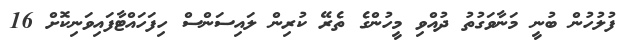
ފުލުހުން ބުނީ މަނާވަގުތު ދުއްވި މީހުންގެ ތެރޭ ކުރިން ލައިސަންސް ހިފަހައްޓާފައިވަނިކޮށް 16